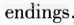
endings.